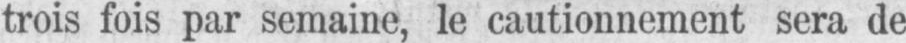
trois fois par semaine, le cautionnement sera de